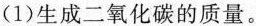
(1)生成二氧化碳的质量。